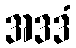
အဒဒံ